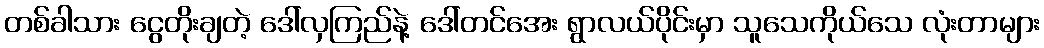
တစ်ခါသား ငွေတိုးချတဲ့ ဒေါ်လှကြည်နဲ့ ဒေါ်တင်အေး ရွာလယ်ပိုင်းမှာ သူသေကိုယ်သေ လုံးတာများ